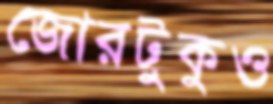
জোরটুকুও